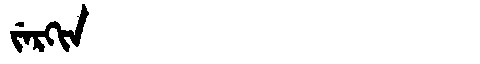
Manchu: ᠵᡝᡵᡴᡳᠨ
Romanization: JERKIN